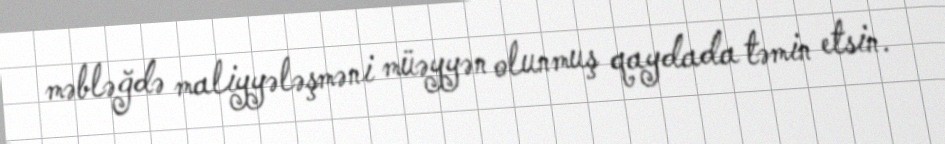
məbləğdə maliyyələşməni müəyyən olunmuş qaydada təmin etsin.